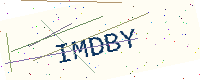
Text: IMDBY